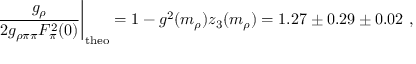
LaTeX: \left. \frac { g _ { \rho } } { 2 g _ { \rho \pi \pi } F _ { \pi } ^ { 2 } ( 0 ) } \right\vert _ { \mathrm { t h e o } } = 1 - g ^ { 2 } ( m _ { \rho } ) z _ { 3 } ( m _ { \rho } ) = 1 . 2 7 \pm 0 . 2 9 \pm 0 . 0 2 \ ,